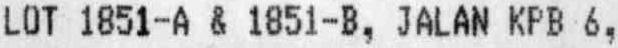
LOT 1851-A & 1851-B, JALAN KPB 6,